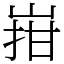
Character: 㟛